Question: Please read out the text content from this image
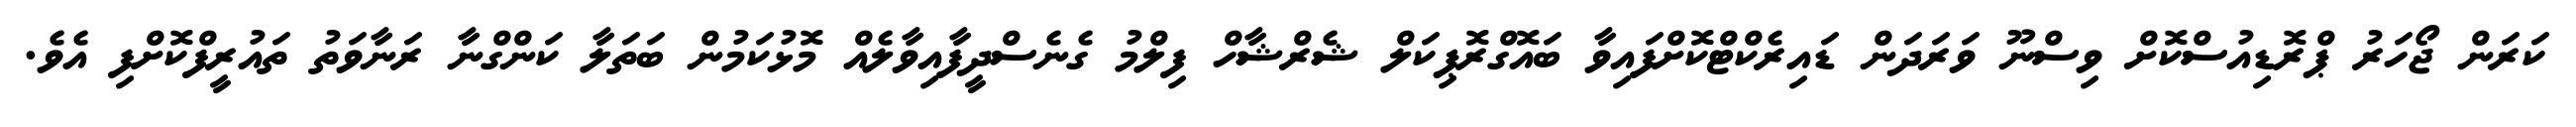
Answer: ކަރަން ޖޯހަރު ޕްރޮޑިއުސްކޮށް ވިސްނޫ ވަރަދަން ޑައިރެކްޓްކޮށްފައިވާ ބައޮގްރޮޕިކަލް ޝެރްޝާހް ފިލްމު ގެނެސްދީފާއިވާލެއް މޮޅުކަމުން ބަތަލާ ކަންގްނާ ރަނާވަތު ތައުރީފްކޮށްފި އެވެ.